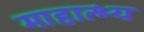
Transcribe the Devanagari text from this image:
माहात्भ्य